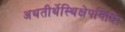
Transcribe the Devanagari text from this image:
अथतीर्थेस्थिक्षेपविधिः